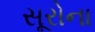
સૂરોના